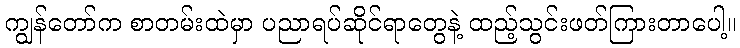
ကျွန်တော်က စာတမ်းထဲမှာ ပညာရပ်ဆိုင်ရာတွေနဲ့ ထည့်သွင်းဖတ်ကြားတာပေါ့။